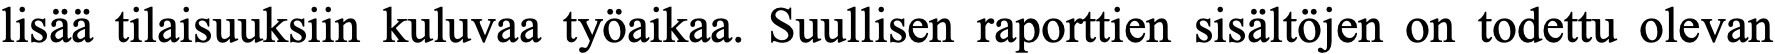
lisää tilaisuuksiin kuluvaa työaikaa. Suullisen raporttien sisältöjen on todettu olevan